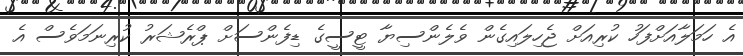
އެ ހަމަލާއަށްފަހު ކުރިއަށް ޖެހިލައިގެން ވެލެންސިޔާ ޓީސީގެ ޑިފެންސަށް ޕްރެޝަރު ކުރިނަމަވެސް އެ